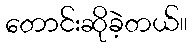
တောင်းဆိုခဲ့တယ်။